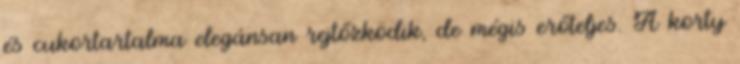
és cukortartalma elegánsan rejtőzködik, de mégis erőteljes. A korty